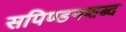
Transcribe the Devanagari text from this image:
सपिण्डनशब्द